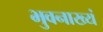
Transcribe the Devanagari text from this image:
भुवनाख्यं